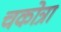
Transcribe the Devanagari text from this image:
चकोत्रा